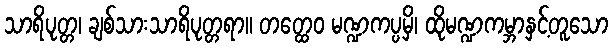
သာရိပုတ္တ၊ ချစ်သားသာရိပုတ္တရာ။ တတ္ထေဝ မဏ္ဍကပ္ပမှိ၊ ထိုမဏ္ဍကမ္ဘာနှင့်တူသော